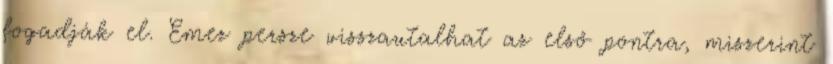
fogadják el. Emez persze visszautalhat az első pontra, miszerint